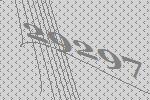
29297